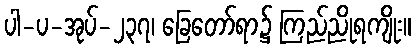
ပါ-ပ-အုပ်-၂၃၇၊ ခြေတော်ရာ၌ ကြည်ညိုရကျိုး။